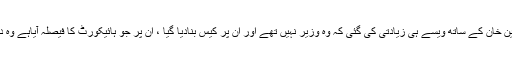
انہوں نے کہا کہ سبطین خان کے ساتھ ویسے ہی زیادتی کی گئی کہ وہ وزیر نہیں تھے اور ان پر کیس بنادیا گیا ، ان پر جو ہائیکورٹ کا فیصلہ آیاہے وہ دیکھنے کے قابل ہے ۔